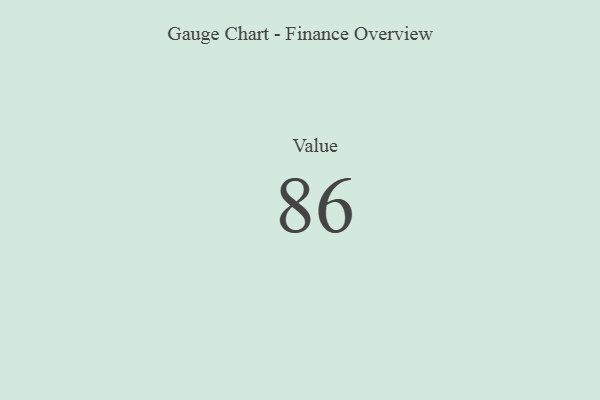
{"axis": {"x": "Metric", "y": "Value"}, "legend": [""], "data": [{"x": "Value", "y": 86, "type": ""}]}